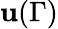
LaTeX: \mathbf{u}(\Gamma)